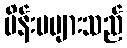
မိန်းမများသည်